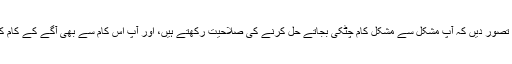
لوگوں کو یہ تصور دیں کہ آپ مشکل سے مشکل کام چٹکی بجاتے حل کرنے کی صلاحیت رکھتے ہیں، اور آپ اس کام سے بھی آگے کے کام کرسکتے ہیں۔